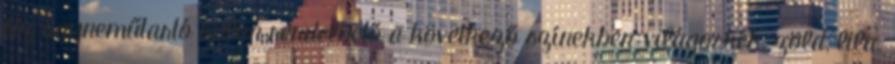
Az ágyneműtartó külön rendelhető a következő színekben:világoskék, zöld, lila.